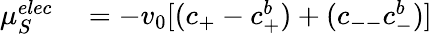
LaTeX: \begin{array}{rl}{{\mu}_{S}^{elec}}&{{}=-v_{0}[(c_{+}-c_{+}^{b})+(c_{--}c_{-}^{b})]}\end{array}